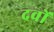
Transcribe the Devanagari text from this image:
दवों